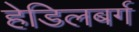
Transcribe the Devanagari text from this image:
हेडिलबर्ग